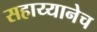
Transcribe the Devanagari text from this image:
सहाय्यानेच